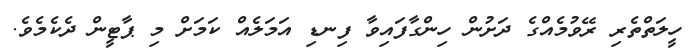
ހީލަތްތެރި ރޭވުމެއްގެ ދަށުން ހިންގާފައިވާ ފިނޑި އަމަލެއް ކަމަށް މި ޕާޓީން ދެކެމެވެ.